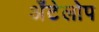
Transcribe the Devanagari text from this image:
अँटेलोप